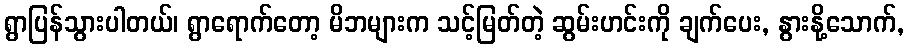
ရွာပြန်သွားပါတယ်၊ ရွာရောက်တော့ မိဘများက သင့်မြတ်တဲ့ ဆွမ်းဟင်းကို ချက်ပေး, နွားနို့သောက်,